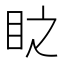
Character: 𭾣